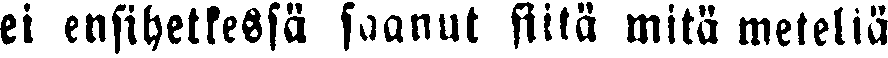
ei ensihetkestä saanut sitä mitä meteliä